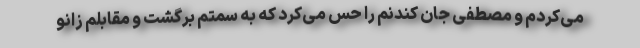
می‌کردم و مصطفی جان کندنم را حس می‌کرد که به سمتم برگشت و مقابلم زانو